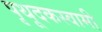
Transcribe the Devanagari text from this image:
पृथूदकस्वामी